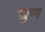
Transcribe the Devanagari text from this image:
भ्रूण